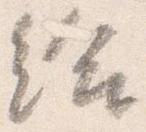
給